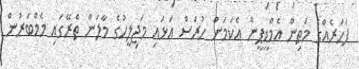
ފަހަރެއްގެ މަތިން އެމްޑީޕީން އެކަމަށް ހުރަސް އަޅައި މަޖިލީހުގެ މާލަން ތެރޭގައި މެމްބަރުން